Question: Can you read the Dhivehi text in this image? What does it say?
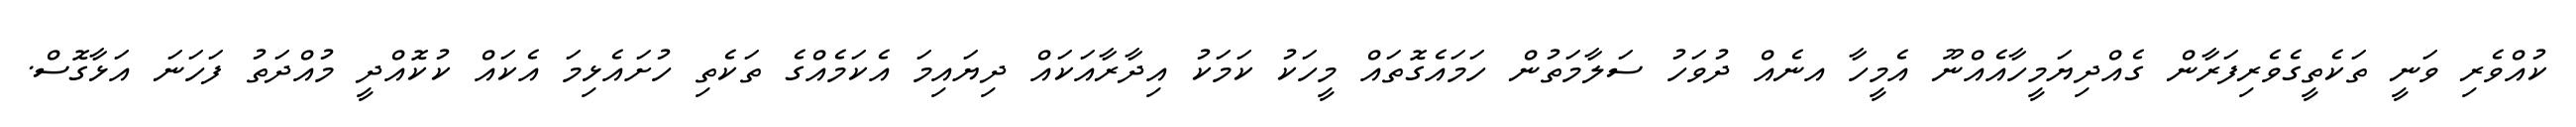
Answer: ކުއްވެރި ވަނީ ތަކެތީގެވެރިފަރާން ގެއްދިޔަމީހާއެއްނޫ އެމީހާ އނެއް ދުވަހު ސަލާމަތުން ހަމައެގޮތައް މީހަކު ކަމަކު އިދާރާއަކައް ދިޔައިމަ އެކަމެއްގެ ތަކެތި ހުށައެޅިމަ އެކައް ކުކޮއްދީ މުއްދަތު ފަހަނަ އަޅާގޮސް.